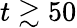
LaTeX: t\gtrsim 50